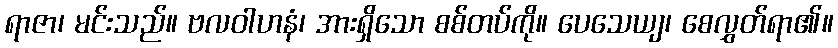
ရာဇာ၊ မင်းသည်။ ဗလဝါဟနံ၊ အားရှိသော စစ်တပ်ကို။ ပေသေယျ၊ စေလွှတ်ရာ၏။